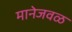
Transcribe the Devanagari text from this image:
मानेजवळ